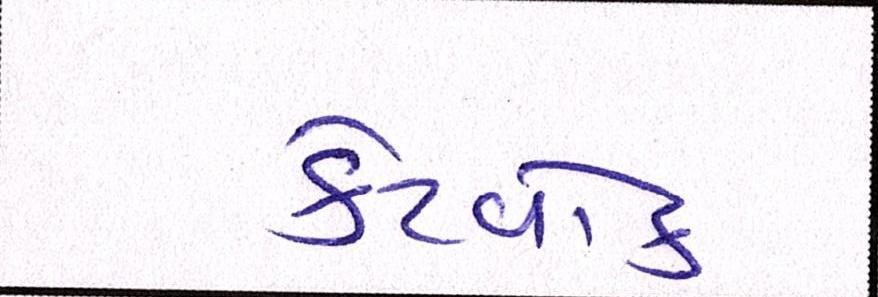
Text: કેટવોક